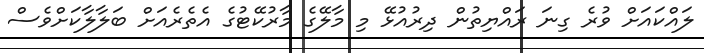
ލައްކައަށް ވުރެ ގިނަ ރައްޔިތުން ދިރުއުޅޭ މި މާލޭގެ މާރުކޭޓުގެ އެތެރެއަށް ބަލާލާކަށްވެސް